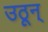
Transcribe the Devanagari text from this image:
उठून्